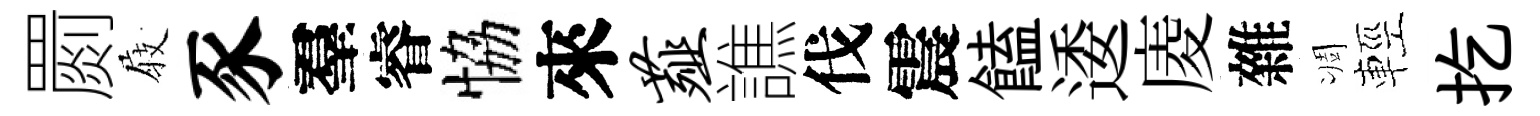
罽𡲆豕羣睿恊來薤譙伐震饁逶庱雜凋輕扢